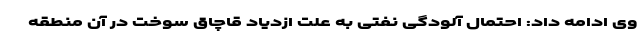
وی ادامه داد: احتمال آلودگی نفتی به علت ازدیاد قاچاق سوخت در آن منطقه